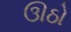
ઊઠો